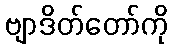
ဗျာဒိတ်တော်ကို